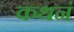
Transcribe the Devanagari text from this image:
कथनं